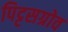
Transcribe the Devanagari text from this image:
पिट्टसग्रोव